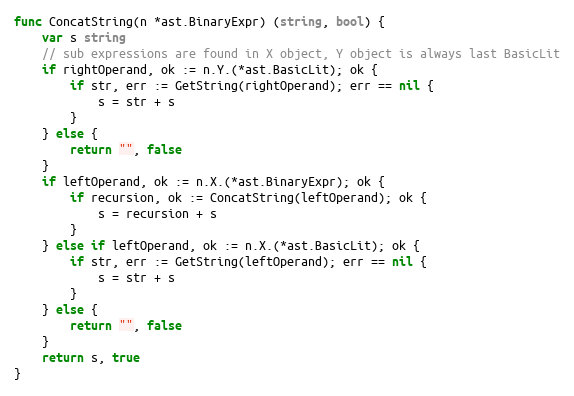
Language: Go
func ConcatString(n *ast.BinaryExpr) (string, bool) {
	var s string
	// sub expressions are found in X object, Y object is always last BasicLit
	if rightOperand, ok := n.Y.(*ast.BasicLit); ok {
		if str, err := GetString(rightOperand); err == nil {
			s = str + s
		}
	} else {
		return "", false
	}
	if leftOperand, ok := n.X.(*ast.BinaryExpr); ok {
		if recursion, ok := ConcatString(leftOperand); ok {
			s = recursion + s
		}
	} else if leftOperand, ok := n.X.(*ast.BasicLit); ok {
		if str, err := GetString(leftOperand); err == nil {
			s = str + s
		}
	} else {
		return "", false
	}
	return s, true
}